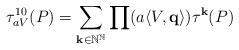
LaTeX: \begin{align*}\tau_{aV}^{10}(P)=\sum_{{\bf k}\in \mathbb N^{\mathbb N}}\prod (a\langle V, {\bf q}\rangle)\tau^{\bf k}(P)\end{align*}